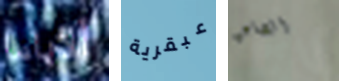
ألاباما عبقرية الصاعق